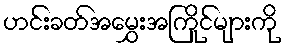
ဟင်းခတ်အမွှေးအကြိုင်များကို